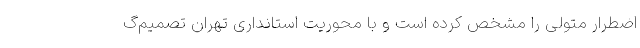
اضطرار متولی را مشخص کرده است و با محوریت استانداری تهران تصمیم‌گ